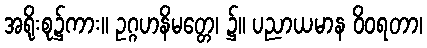
အရိုးစု၌ကား။ ဥဂ္ဂဟနိမတ္တေ၊ ၌။ ပညာယမာန ဝိဝရတာ၊